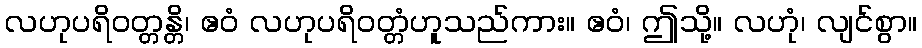
လဟုပရိဝတ္တန္တိ၊ ဧဝံ လဟုပရိဝတ္တံဟူသည်ကား။ ဧဝံ၊ ဤသို့။ လဟုံ၊ လျင်စွာ။